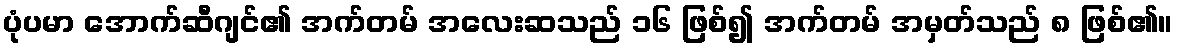
ပုံပမာ အောက်ဆီဂျင်၏ အက်တမ် အလေးဆသည် ၁၆ ဖြစ်၍ အက်တမ် အမှတ်သည် ၈ ဖြစ်၏။